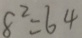
8 ^ { 2 } = 6 4